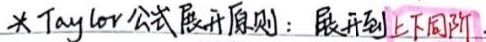
* Taylor 公式展开原则：展开到上下同阶.